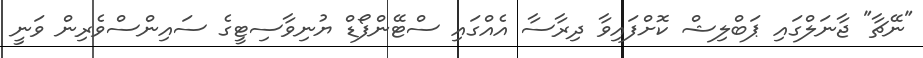
"ނޭޗާ" ޖާނަލްގައި ޕަބްލިޝް ކޮށްފައިވާ ދިރާސާ އެއްގައި ސްޓޭންފޯޑް ޔުނިވާސިޓީގެ ސައިންސްވެރިން ވަނީ